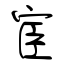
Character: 宦